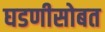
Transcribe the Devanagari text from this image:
घडणीसोबत